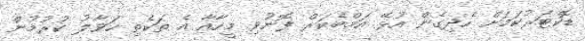
ޑޮކްޓަރުކަމަށް ހެދިގެން އުޅޭ އަމްބެކަރް ފޮނުވި މީހާއާ އެ ތަކެތި ހަވާލު ކުރުމުން